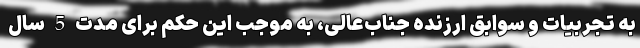
به تجربیات و سوابق ارزنده جناب‌عالی، به موجب این حکم برای مدت 5 سال